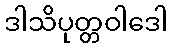
ဒါသိပုတ္တဝါဒေါ